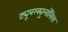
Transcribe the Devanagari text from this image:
ट्यूबरक्युलॉसिस